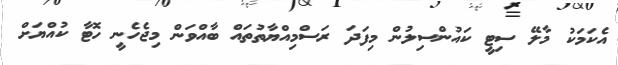
އެކަމަކު މާލޭ ސިޓީ ކައުންސިލުން މިފަދަ ރަސްމިއްޔާތުތައް ބާއްވަން މިޖެހެނީ ހޮޓާ ކުއްޔަށް